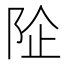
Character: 𱀏